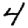
Digit: 4